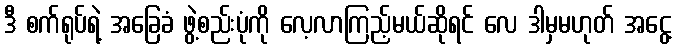
ဒီ စက်ရုပ်ရဲ့ အခြေခံ ဖွဲ့စည်းပုံကို လေ့လာကြည့်မယ်ဆိုရင် လေ ဒါမှမဟုတ် အငွေ့